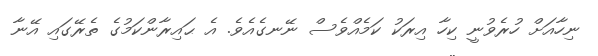
ނިހާއަށް ހުރެވުނީ ކިހާ އިރަކު ކަމެއްވެސް ނޭނގެއެވެ. އެ ޙައިރާންކަމުގެ ތެރޭގައި އޭނާ